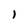
Character: l